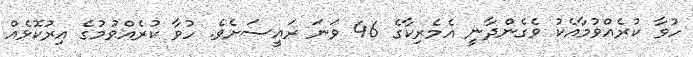
ހުވާ ކުރެއްވުމާއެކު ވެގެންދާނީ އެމެރިކާގެ 46 ވަނަ ރައީސަށެވެ. ހުވާ ކުރެއްވުމުގެ އިރުކޮޅެއް